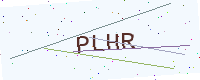
Text: PLHR